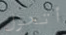
أتحول